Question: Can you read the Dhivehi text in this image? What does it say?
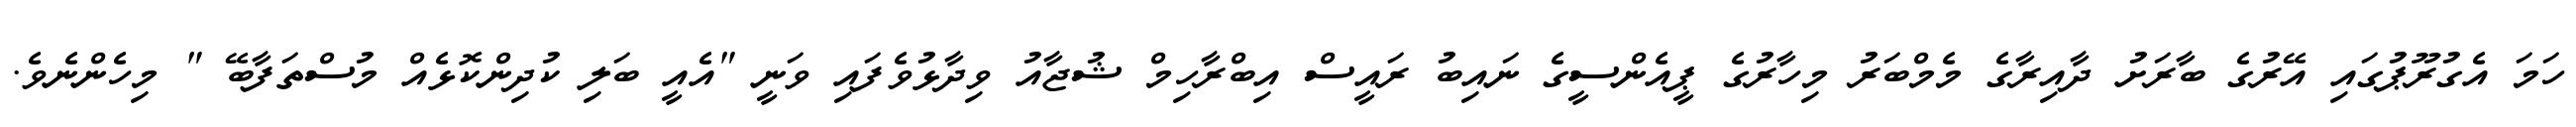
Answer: ހަމަ އެގުރޫޕުގައި އޭރުގެ ބާރަށު ދާއިރާގެ މެމްބަރު މިހާރުގެ ޕީއެންސީގެ ނައިބު ރައީސް އިބްރާހިމް ޝުޖާއު ވިދާޅުވެފައި ވަނީ "އެއީ ބަލި ކުދިންކޮޅެއް މުސްތަފާބޭ " މިހެންނެވެ.